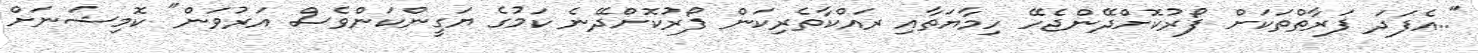
"..އެފަދަ ފަރާތްތަކަށް ފޯރުކޮށްދޭންޖެހޭ ހިމާޔަތާއި ރައްކާތެރިކަން ފޯރުކޮށްދޭނެ ކަމުގެ ޔަގީންކަންވެސް އަރުވަން" ކޮމިޝަނަށް